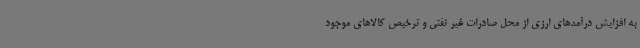
به افزایش درآمدهای ارزی از محل صادرات غیر نفتی و ترخیص کالاهای موجود